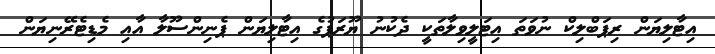
އިޓާލިޔަން ރިޕަބްލިކް ނުވަތަ އިޓަލީވިލާތަކީ ދެކުނު ޔޫރަޕުގެ އިޓާލިޔަން ޕެނިންސޫލާ އާއި މެޑިޓެރޭނިޔަން